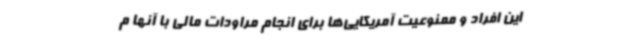
این افراد و ممنوعیت آمریکایی‌ها برای انجام مراودات مالی با آنها م